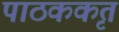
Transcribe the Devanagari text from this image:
पाठककृत